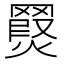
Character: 𮊖